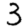
Digit: 3